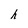
Character: h